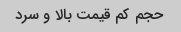
حجم کم قیمت بالا و سرد